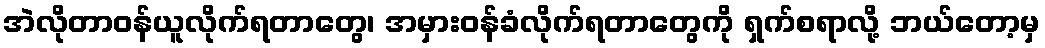
အဲလိုတာဝန်ယူလိုက်ရတာတွေ၊ အမှားဝန်ခံလိုက်ရတာတွေကို ရှက်စရာလို့ ဘယ်တော့မှ